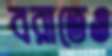
বরাতেও